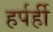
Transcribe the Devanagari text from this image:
हर्पर्ही